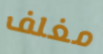
مغلف